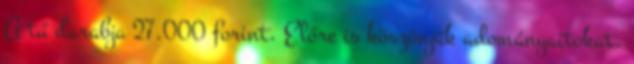
A tű darabja 27.000 forint. Előre is köszönjük adományaitokat.